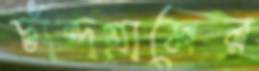
চাঁন্দগ্রামের